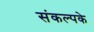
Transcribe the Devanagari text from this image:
संकल्पके